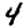
Digit: 4